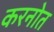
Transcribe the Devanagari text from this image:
करनोत